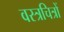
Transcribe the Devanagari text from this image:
वस्त्रचित्रों